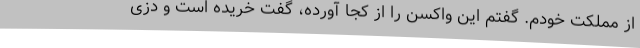
از مملکت خودم. گفتم این واکسن را از کجا آورده، گفت خریده است و دزی